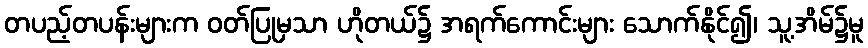
တပည့်တပန်းများက ဝတ်ပြုမှသာ ဟိုတယ်၌ အရက်ကောင်းများ သောက်နိုင်၍၊ သူ့အိမ်၌မူ